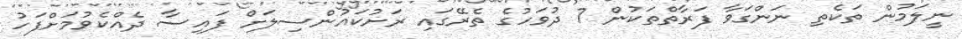
ނީލަމުން ތަކެތި ނަންގަވާ ފަރާތްތަކުން 7 ދުވަހުގެ ތެރޭގައި ރަށުކައުންސިލަށް ފައިސާ ދެއްކެވުމަށްފަހު